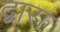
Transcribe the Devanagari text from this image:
द्वारा